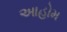
આહોમ